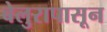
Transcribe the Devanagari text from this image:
बेलुरापासून